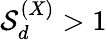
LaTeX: {\cal S}_{d}^{(X)}>1